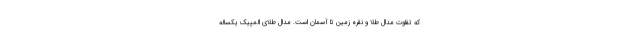
که تفاوت مدال طلا و نقره زمین تا آسمان است. مدال طلای المپیک یکساله